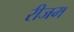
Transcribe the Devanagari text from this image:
रीजम